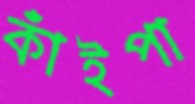
কাঁইপা